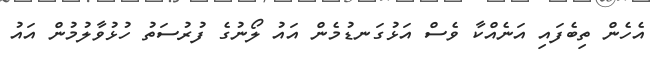
އެހެން ތިބެފައި އަނެއްކާ ވެސް އަޅުގަނޑުމެން އައު ލޯނުގެ ފުރުސަތު ހުޅުވާލުމުން އައު